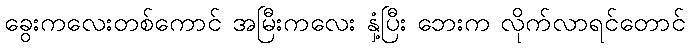
ခွေးကလေးတစ်ကောင် အမြီးကလေး နှံ့ပြီး ဘေးက လိုက်လာရင်တောင်